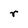
Character: r